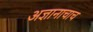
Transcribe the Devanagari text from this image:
अज्ञानाचाच